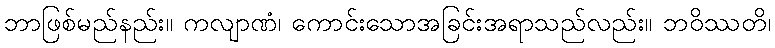
ဘာဖြစ်မည်နည်း။ ကလျာဏံ၊ ကောင်းသောအခြင်းအရာသည်လည်း။ ဘဝိဿတိ၊